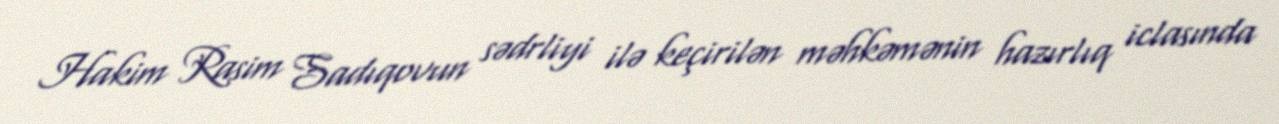
Hakim Rasim Sadıqovun sədrliyi ilə keçirilən məhkəmənin hazırlıq iclasında